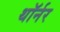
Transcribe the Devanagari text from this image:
थॉर्नर